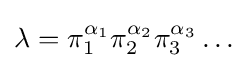
\lambda =\pi _{1}^{\alpha _{1}}\pi _{2}^{\alpha _{2}}\pi _{3}^{\alpha _{3}}\dots